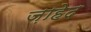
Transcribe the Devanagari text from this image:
ज़ाहेद